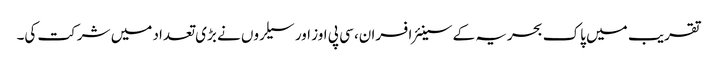
تقریب میں پاک بحریہ کے سینئر افسران، سی پی اوز اور سیلروں نے بڑی تعداد میں شرکت کی۔